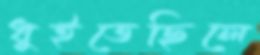
ধুইতেছিলে